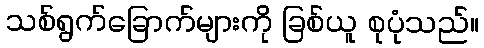
သစ်ရွက်ခြောက်များကို ခြစ်ယူ စုပုံသည်။